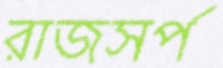
রাজসর্প